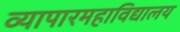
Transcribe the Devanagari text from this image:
व्यापारमहाविद्यालय